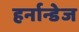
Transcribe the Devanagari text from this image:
हर्नान्डेज